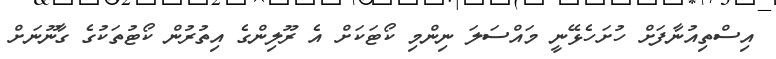
އިސްތިއުނާފަށް ހުށަހެޅޭނީ މައްސަލަ ނިންމި ކޯޓަކަށް އެ ރޫލިންގެ އިތުރުން ކޯޓުތަކުގެ ގާނޫނަށް